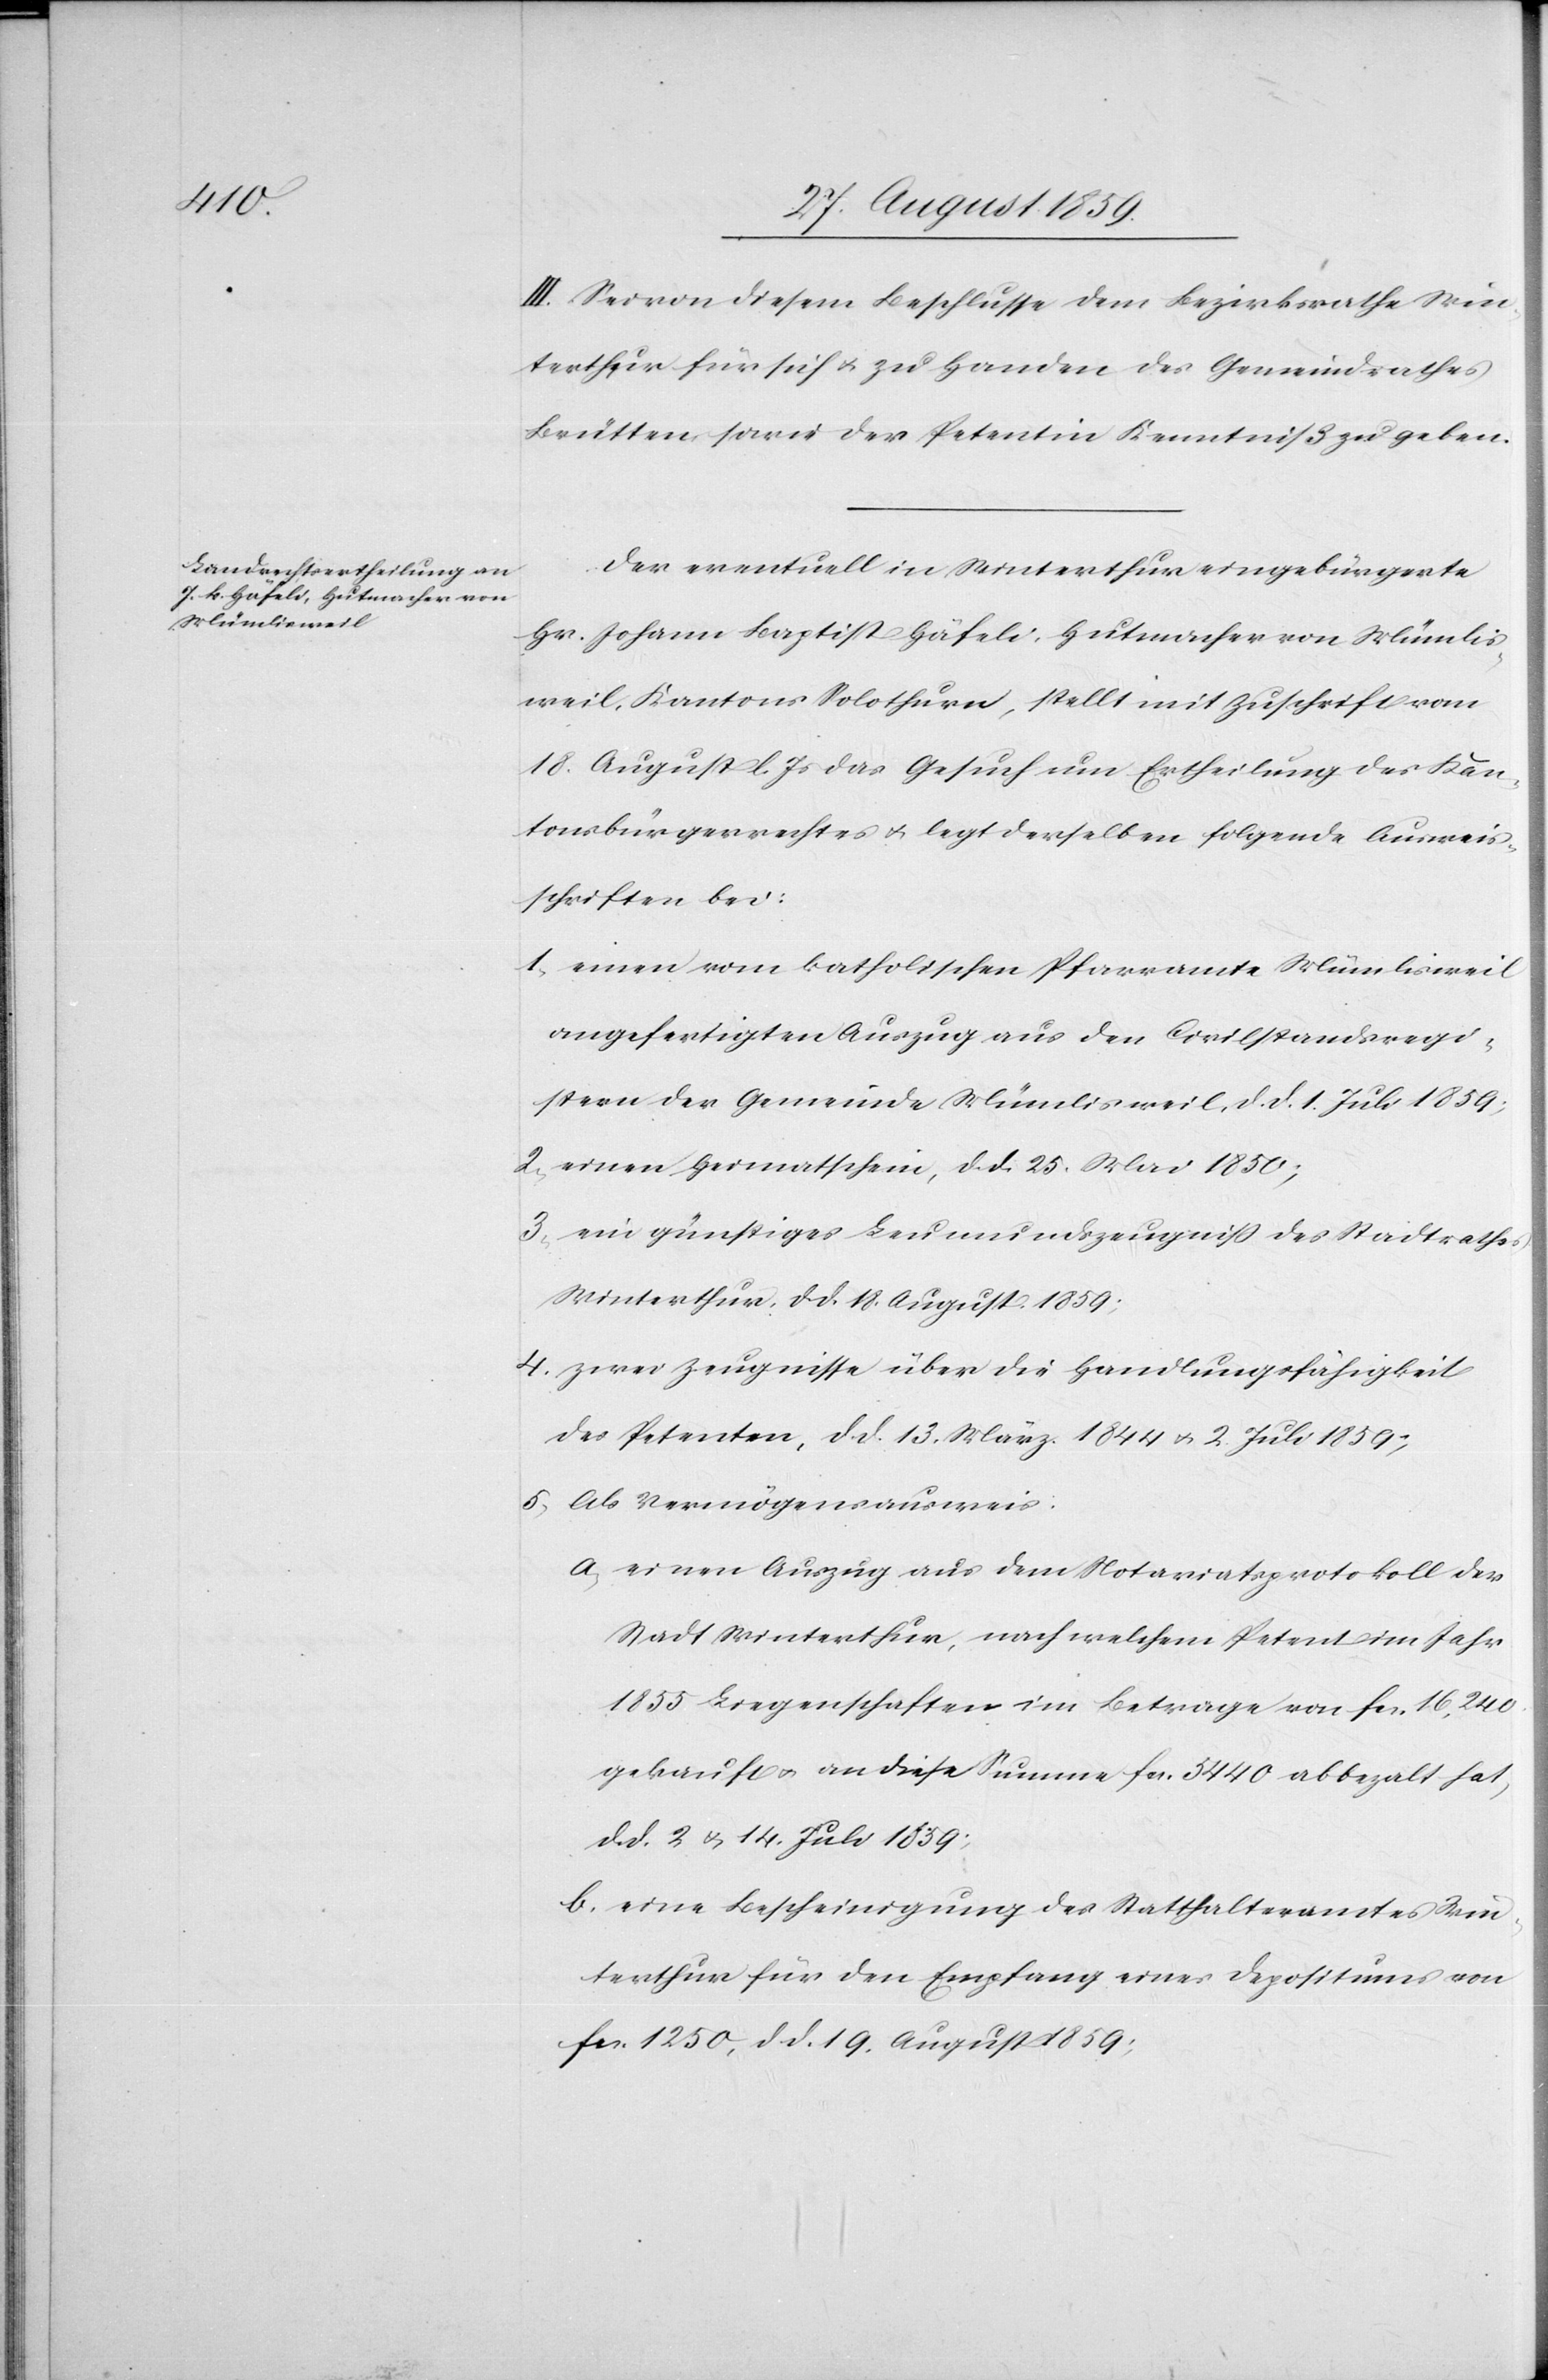
III. Seien diesem Beschlusse dem Bezirksrathe Win¬
terthur für sich & zu Handen des Gemeindrathes
Brütten sowie der Petentin Kenntniß zu geben.
Der eventuell in Winterthur eingebürgerte
Hr. Johann Baptist Häfeli, Hutmacher von Mümlis¬
weil, Kantons Solothurn, stellt mit Zuschrift vom
18. August l. Js. das Gesuch um Ertheilung des Kan¬
tonsbürgerrechtes & legt derselben folgende Ausweis¬
schriften bei:
1. einen vom katholischen Pfarramte Mümlisweil
angefertigten Auszug aus den Civilstandsregi¬
stern der Gemeinde Mümlisweil, d. d. 1. Juli 1859;
2. einen Heimatschein, d. d. 25. Mai 1850;
3. ein günstiges Leumundszeugniß des Stadtrathes
Winterthur, d. d. 18. August 1859;
4. zwei Zeugnisse über die Handlungsfähigkeit
des Petenten, d. d. 13. März 1844 & 2. Juli 1859;
5. Als Vermögensausweis:
a) einen Auszug aus dem Notariatsprotokoll der
Stadt Winterthur, nach welchem Petent im Jahr
1855 Liegenschaften im Betrage von fcs. 16,240
gekauft & an diese Summe fcs. 5440 abbezahlt hat,
d. d. 2 & 14. Juli 1859;
b) eine Bescheinigung des Statthalteramtes Win¬
terthur für den Empfang eines Depositums von
fcs. 1250, d. d. 19. August 1859;